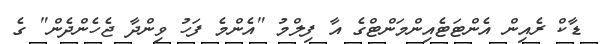
ޑާކް ރެއިން އެންޓަޓެއިންމަންޓްގެ އާ ފިލްމު "އެންމެ ފަހު ވިންދާ ޖެހެންދެން" ގެ